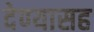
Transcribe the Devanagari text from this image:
देण्‍यासह